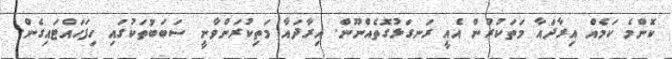
ކޮންމެ ކަމެއް އިރާދައާ މަތަކުރުން އެއީ ރަނގަޅުގޮތެއްނޫން. އިރާދައާ މަތިކުރަންވާނީ ސަބަބުތަކުގައި ހިފަހައްޓައިގެން.